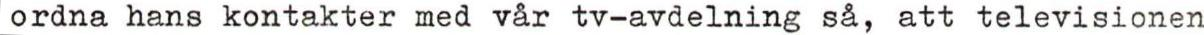
ordna hans kontakter med vår tv-avdelning så, att televisionen